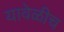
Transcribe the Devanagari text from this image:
यावेळीच